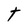
Character: t